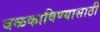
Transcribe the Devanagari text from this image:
बळकाविण्यासाठी